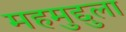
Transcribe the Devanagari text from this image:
महमुद्दुला